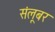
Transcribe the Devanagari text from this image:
संलूबर